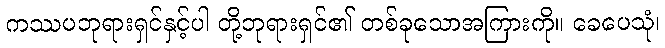
ကဿပဘုရားရှင်နှင့်ပါ တို့ဘုရားရှင်၏ တစ်ခုသောအကြားကို။ ခေပေသုံ၊